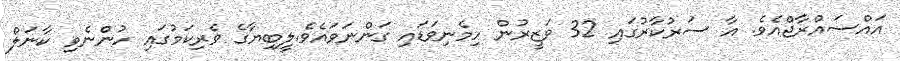
އައްސައްރާޖްއެވެ. އާ ސަރުކާރުގައި 32 ވަޒީރުން ހިމެނިވަޑައި ގަންނަވައެވެ.ލީބިޔާގެ ވެރިކަމުގައި ހުންނެވި ކާނަލް